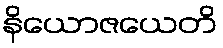
နိယောဇယေတိ